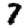
Digit: 7